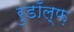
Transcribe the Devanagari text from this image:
रुडॉल्फ़